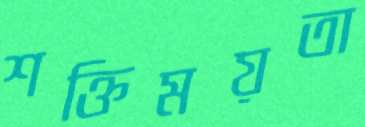
শক্তিময়তা